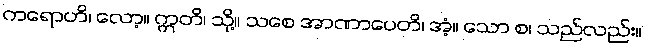
ကရောဟိ၊ လော့။ ဣတိ၊ သို့။ သစေ အာဏာပေတိ၊ အံ့။ သော စ၊ သည်လည်း။